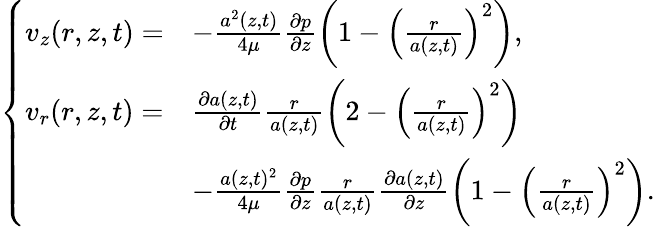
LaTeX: \left\{ \begin{array}{ll}{\displaystyle v_{z}(r,z,t)=}&{-\frac{a^{2}(z,t)}{4\mu}\frac{\partial p}{\partial z}\left(1-\left(\frac{r}{a(z,t)}\right)^{2}\right),}\\ {\displaystyle v_{r}(r,z,t)=}&{\frac{\partial a(z,t)}{\partial t}\frac{r}{a(z,t)}\left(2-\left(\frac{r}{a(z,t)}\right)^{2}\right)}\\ &{-\frac{a(z,t)^{2}}{4\mu}\frac{\partial p}{\partial z}\frac{r}{a(z,t)}\frac{\partial a(z,t)}{\partial z}\left(1-\left(\frac{r}{a(z,t)}\right)^{2}\right).}\end{array}\right.